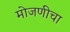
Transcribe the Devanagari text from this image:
मोजणीचा